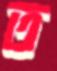
ত